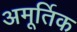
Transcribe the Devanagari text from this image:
अमूर्तिक